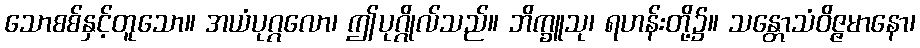
သောစစ်နှင့်တူသော။ အယံပုဂ္ဂလော၊ ဤပုဂ္ဂိုလ်သည်။ ဘိက္ခူသု၊ ရဟန်းတို့၌။ သန္တောသံဝိဇ္ဇမာနော၊